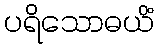
ပရိသောဓယိံ